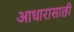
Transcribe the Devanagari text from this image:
आधारासाछी